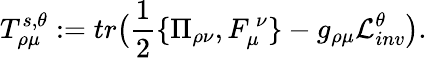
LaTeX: T_{\rho\mu}^{s,\theta}:=tr\big({\frac{1}{2}}\{ \Pi_{\rho\nu},F_{\mu}^{\ \nu}\} -g_{\rho\mu}{\cal L}_{inv}^{\theta}\big).